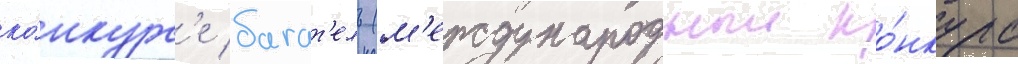
ко́нкурс'е багат'ель (м'еждународныи ко́нкурс